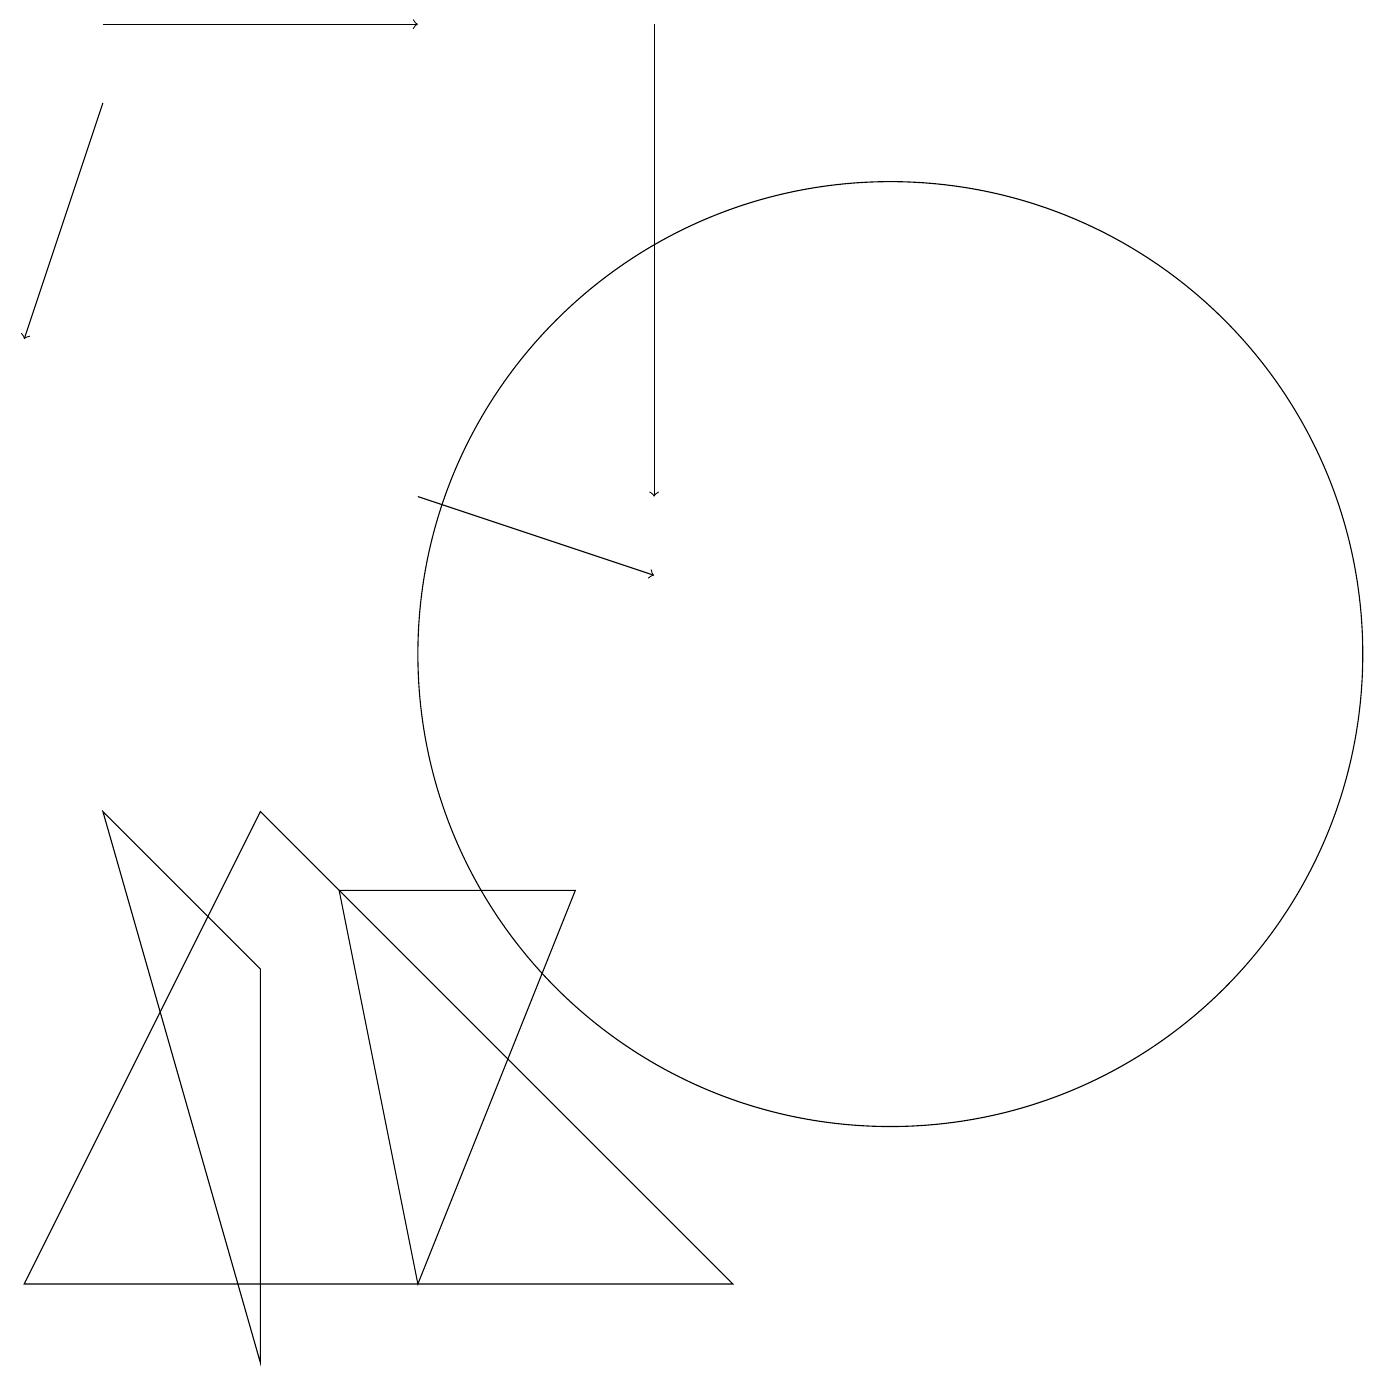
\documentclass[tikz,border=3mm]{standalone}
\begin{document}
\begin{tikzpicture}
\draw (4,7) -- (7,7) -- (5,2) -- cycle;
\draw[->] (8,18) -- (8,12);
\draw[->] (5,12) -- (8,11);
\draw (11,10) circle (6);
\draw[->] (1,17) -- (0,14);
\draw (0,2) -- (3,8) -- (9,2) -- cycle;
\draw[->] (1,18) -- (5,18);
\draw (3,6) -- (3,1) -- (1,8) -- cycle;
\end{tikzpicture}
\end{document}